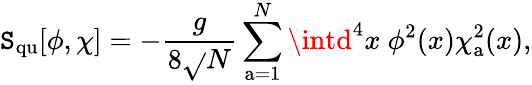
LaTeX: \mathtt{S}_{\mathrm{{qu}}}[\phi,\chi]=-{\frac{{g}}{{8\sqrt{}{N}}}}\sum_{\mathrm{{a}}=1}^{N}\intd^{4}x~\phi^{2}(x)\chi_{\mathrm{{a}}}^{2}(x),